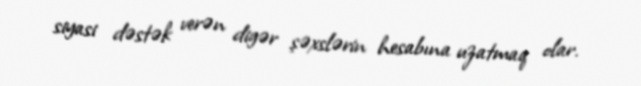
siyasi dəstək verən digər şəxslərin hesabına uzatmaq olar.